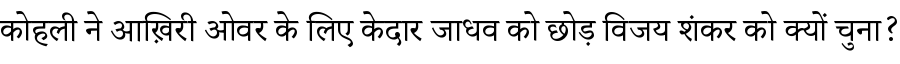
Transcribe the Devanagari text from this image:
कोहली ने आख़िरी ओवर के लिए केदार जाधव को छोड़ विजय शंकर को क्यों चुना?